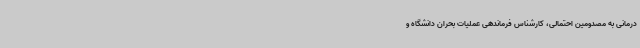
درمانی به مصدومین احتمالی، کارشناس فرماندهی عملیات بحران دانشگاه و